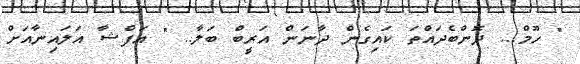
" ހޫމް... ދޮންބެދައްތަ ކައިގެން ދާނަން އަރީބް ބަލާ.. " އަފްޝާ އަލައިނާއަށް